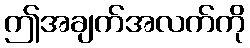
ဤအချက်အလက်ကို